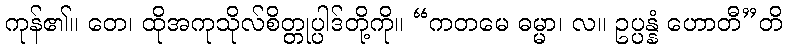
ကုန်၏။ တေ၊ ထိုအကုသိုလ်စိတ္တုပ္ပါဒ်တို့ကို။ “ကတမေ ဓမ္မာ၊ လ။ ဥပ္ပန္နံ ဟောတီ”တိ